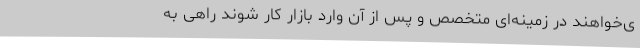
ی‌خواهند در زمینه‌ای متخصص و پس از آن وارد بازار کار شوند راهی به